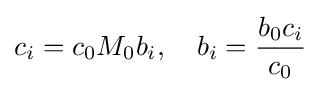
c_{i}=c_{0}M_{0}b_{i},\quad b_{i}={\frac {b_{0}c_{i}}{c_{0}}}